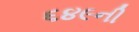
૬૪૯ની